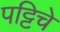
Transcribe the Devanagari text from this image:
पट्टिचे